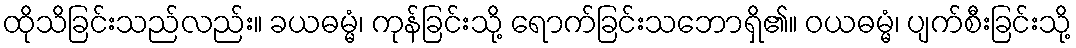
ထိုသိခြင်းသည်လည်း။ ခယဓမ္မံ၊ ကုန်ခြင်းသို့ ရောက်ခြင်းသဘောရှိ၏။ ဝယဓမ္မံ၊ ပျက်စီးခြင်းသို့